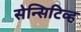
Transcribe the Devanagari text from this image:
सेन्सिटिव्ह